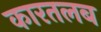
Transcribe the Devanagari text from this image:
कारतलब